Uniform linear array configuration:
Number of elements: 64
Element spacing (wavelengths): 0.25
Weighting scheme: binomial
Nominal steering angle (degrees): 45
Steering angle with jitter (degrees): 44.005
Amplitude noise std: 0.05
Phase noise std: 0.05

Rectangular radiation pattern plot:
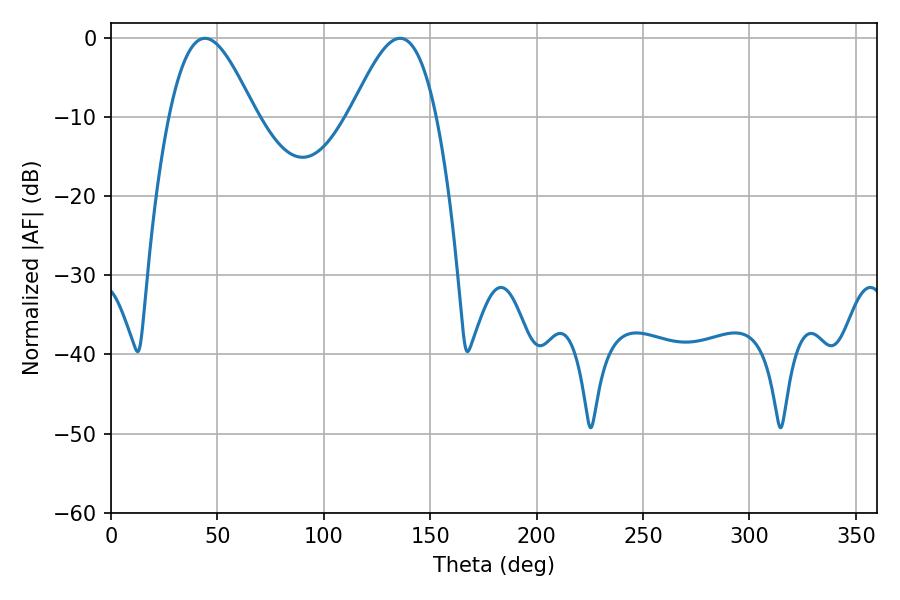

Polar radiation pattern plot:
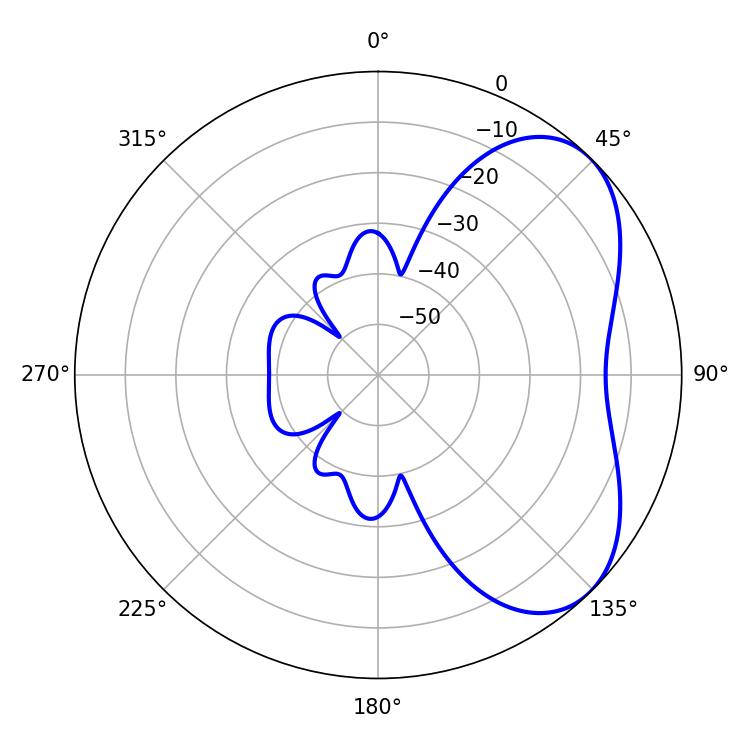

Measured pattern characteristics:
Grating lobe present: FALSE
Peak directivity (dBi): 5.125
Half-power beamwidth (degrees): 21.6
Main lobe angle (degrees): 44.1